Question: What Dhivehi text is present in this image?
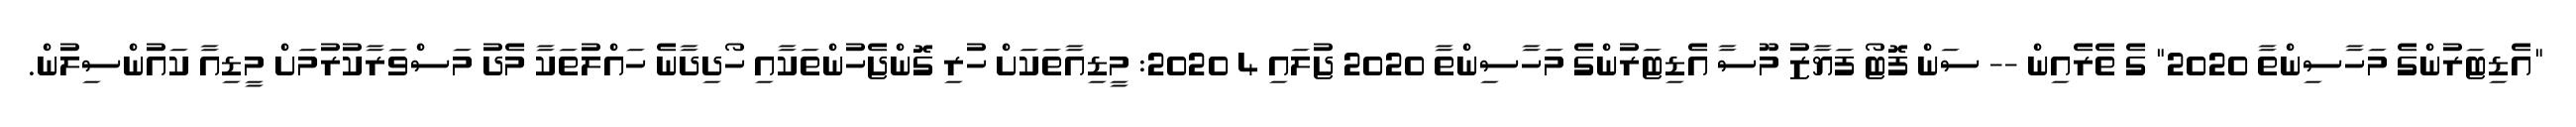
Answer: "އެޑިޓަރުންގެ މަހާސިންތާ 2020" ގެ ތެރެއިން -- ސަން ފޮޓޯ ފަޔާޒު މޫސާ އެޑިޓަރުންގެ މަހާސިންތާ 2020 ޖުލައި 4 2020: މީޑިއާތަކަށް ހުރި ގޮންޖެހުންތަކާއި ހޯދިދާނެ ހައްލުތަކާ މެދު މަސްވަރާކުރުމަށް މީޑިއާ ކައުންސިލުން.